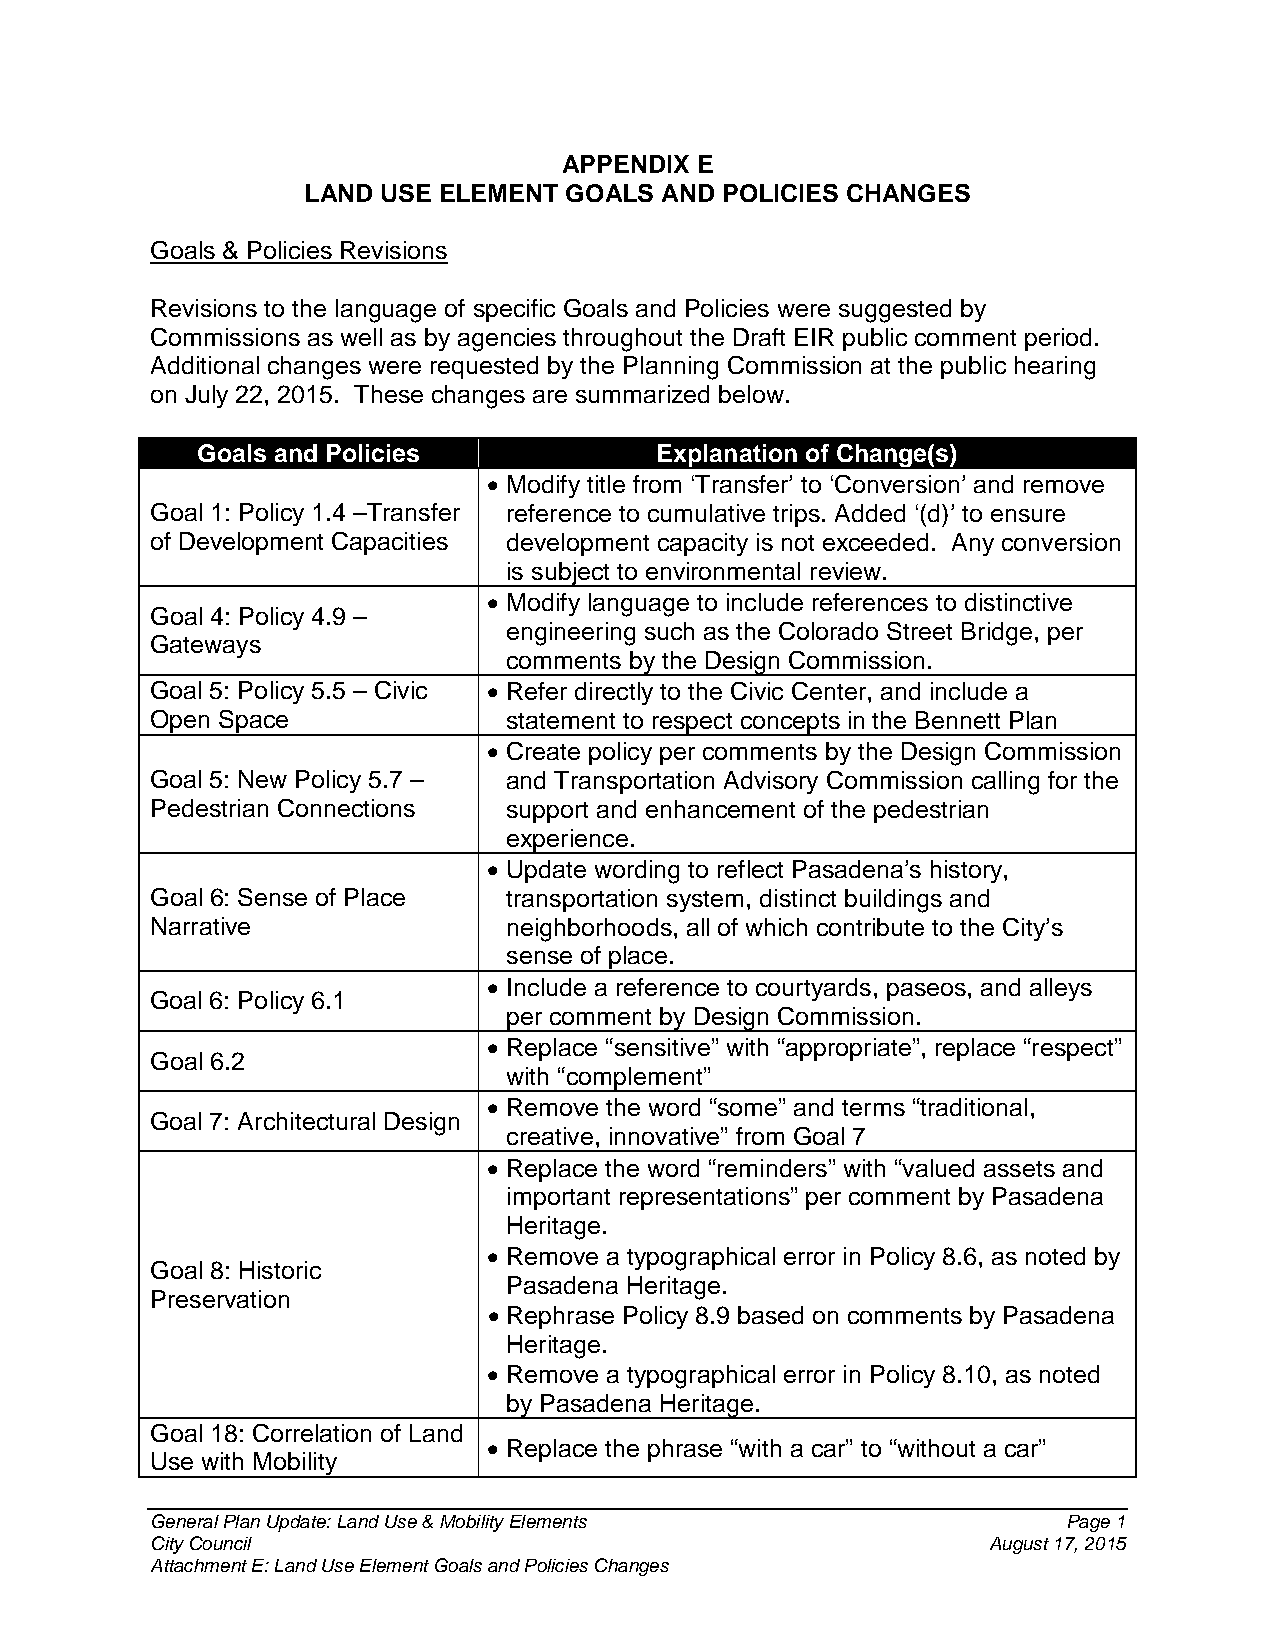
APPENDIX E
 LAND USE ELEMENT GOALS  AND POLICIES CHANGES
 Goals & Policies Revisions
 Revisions to the language of specific Goals and Policies were suggested by
 Commissions as well as by agencies throughout the Draft EIR public comment period.
 Additional changes were requested by the Planning Commission at the public hearing
 on July 22, 2015. These changes are summarized below.
 Goals and Policies            Explanation of Change(s)
 • Modify title from ‘Transfer’ to ‘Conversion’ and remove
 Goal 1: Policy 1.4 –Transfer reference to cumulative trips. Added ‘(d)’ to ensure
 of Development Capacities development capacity is not exceeded. Any conversion
 is subject to environmental review.
 • Modify language to include references to distinctive
 Goal 4: Policy 4.9 –
 engineering such as the Colorado Street Bridge, per
 Gateways
 comments by the Design Commission.
 Goal 5: Policy 5.5 – Civic • Refer directly to the Civic Center, and include a
 Open Space              statement to respect concepts in the Bennett Plan
 • Create policy per comments by the Design Commission
 Goal 5: New Policy 5.7 – and Transportation Advisory Commission calling for the
 Pedestrian Connections  support and enhancement of the pedestrian
 experience.
 • Update wording to reflect Pasadena’s history,
 Goal 6: Sense of Place  transportation system, distinct buildings and
 Narrative               neighborhoods, all of which contribute to the City’s
 sense of place.
 • Include a reference to courtyards, paseos, and alleys
 Goal 6: Policy 6.1
 per comment by Design Commission.
 • Replace “sensitive” with “appropriate”, replace “respect”
 Goal 6.2
 with “complement”
 • Remove the word “some” and terms “traditional,
 Goal 7: Architectural Design
 creative, innovative” from Goal 7
 • Replace the word “reminders” with “valued assets and
 important representations” per comment by Pasadena
 Heritage.
 • Remove a typographical error in Policy 8.6, as noted by
 Goal 8: Historic
 Pasadena Heritage.
 Preservation
 • Rephrase Policy 8.9 based on comments by Pasadena
 Heritage.
 • Remove a typographical error in Policy 8.10, as noted
 by Pasadena Heritage.
 Goal 18: Correlation of Land
 • Replace the phrase “with a car” to “without a car”
 Use with Mobility
 General Plan Update: Land Use & Mobility Elements            Page 1
 City Council                                           August 17, 2015
 Attachment E: Land Use Element Goals and Policies Changes